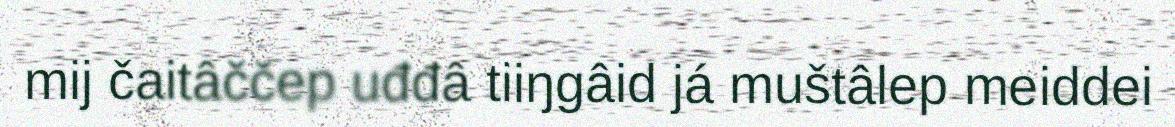
mij čaitâččep uđđâ tiiŋgâid já muštâlep meiddei